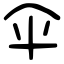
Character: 伞